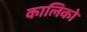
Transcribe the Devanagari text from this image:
कालिको